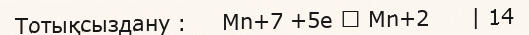
Тотықсыздану :     Mn+7 +5e → Mn+2      | 14